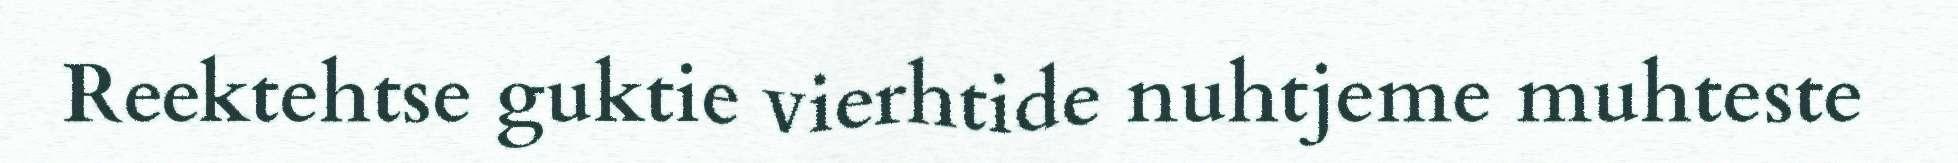
Reektehtse guktie vierhtide nuhtjeme muhteste